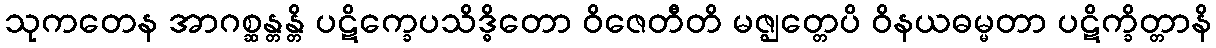
သုကတေန အာဂစ္ဆန္တန္တိ ပဋိက္ခေပသိဒ္ဓိတော ဝိဇေတီတိ မဇ္ဈတ္တေပိ ဝိနယဓမ္မတာ ပဋိက္ခိတ္တာနိ